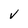
Character: v